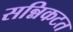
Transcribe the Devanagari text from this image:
सन्निकटत